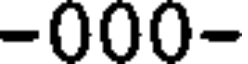
-000-